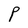
Character: P